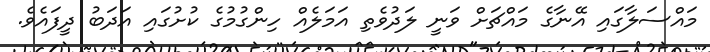
މައްސަލާގައި އޭނާގެ މައްޗަށް ވަނީ ލަދުވެތި އަމަލެއް ހިންގުމުގެ ކުށުގައި އަދަބު ދީފައެވެ.